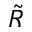
\tilde { \cal R }